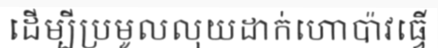
ដើម្បីប្រមូលលុយដាក់ហោប៉ាវធ្វើ